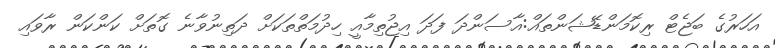
އަހަރުގެ ބަޖެޓް ރިކޮމަންޑޭޝަންތައް:އާސަންދަ ފަދަ އިޖުތިމާއީ ހިދުމަތްތަކަށް ދަތިނުވާނެ ގޮތަށް ކަންކަން ރާވައި